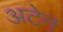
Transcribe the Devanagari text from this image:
अटेन